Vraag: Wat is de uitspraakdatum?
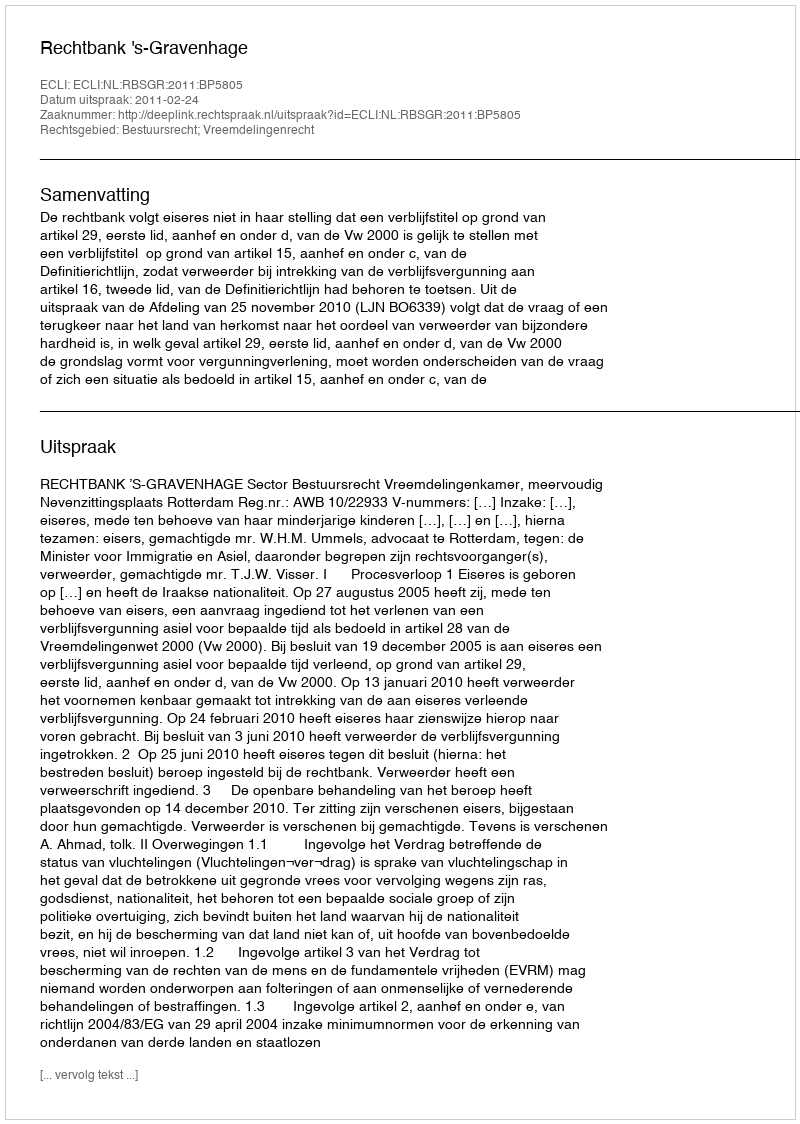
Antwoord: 2011-02-24